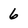
Character: 6